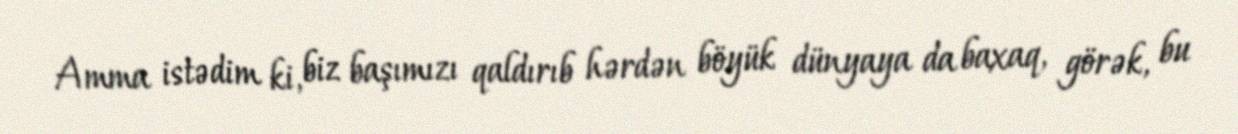
Amma istədim ki, biz başımızı qaldırıb hərdən böyük dünyaya da baxaq, görək, bu